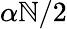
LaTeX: \alpha\mathbb{N}/2